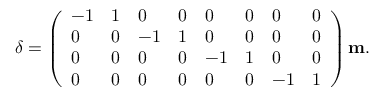
\begin{array} { r } { \boldsymbol { \delta } = \left( \begin{array} { l l l l l l l l } { - 1 } & { 1 } & { 0 } & { 0 } & { 0 } & { 0 } & { 0 } & { 0 } \\ { 0 } & { 0 } & { - 1 } & { 1 } & { 0 } & { 0 } & { 0 } & { 0 } \\ { 0 } & { 0 } & { 0 } & { 0 } & { - 1 } & { 1 } & { 0 } & { 0 } \\ { 0 } & { 0 } & { 0 } & { 0 } & { 0 } & { 0 } & { - 1 } & { 1 } \end{array} \right) \mathbf { m } . } \end{array}